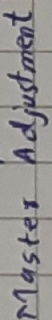
Text: Master adjustment